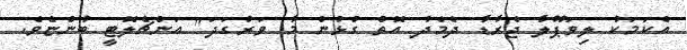
އެކަމަކު ލިވަޕޫލާ ޖެރާޑާ ދެމެދު އޮތް ގުޅުން މާ ވަރުގަދަ" އަންޗެލޮޓީ ބުންޏެވެ.